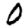
Digit: 0